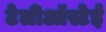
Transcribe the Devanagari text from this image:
टेलीऑस्टेई